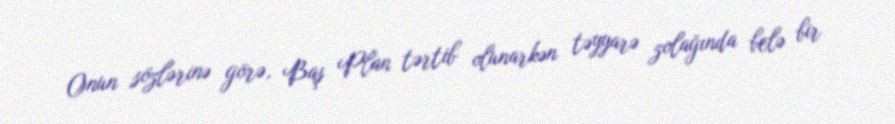
Onun sözlərinə görə, Baş Plan tərtib olunarkən təyyarə zolağında belə bir